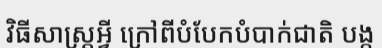
វិធីសាស្ត្រអ្វី ក្រៅពីបំបែកបំបាក់ជាតិ បង្ក